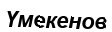
Үмекенов